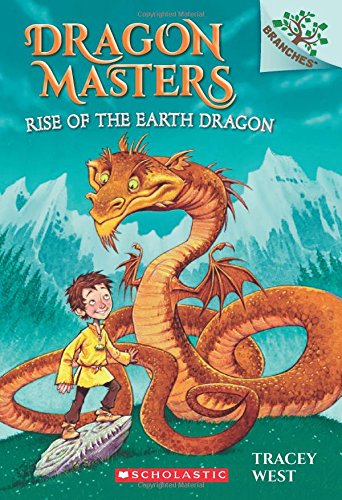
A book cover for Dragon Masters #1: Rise of the Earth Dragon (A Branches Book); Tracey West; Children's Books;